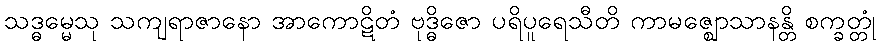
သဒ္ဓမ္မေသု သကျရာဇာနော အာကောဋိတံ ဗုဒ္ဓိဇော ပရိပူရေသီတိ ကာမဇ္ဈောသာနန္တိ စက္ခတ္တုံ